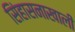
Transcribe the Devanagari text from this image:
सिंहासनाखाली